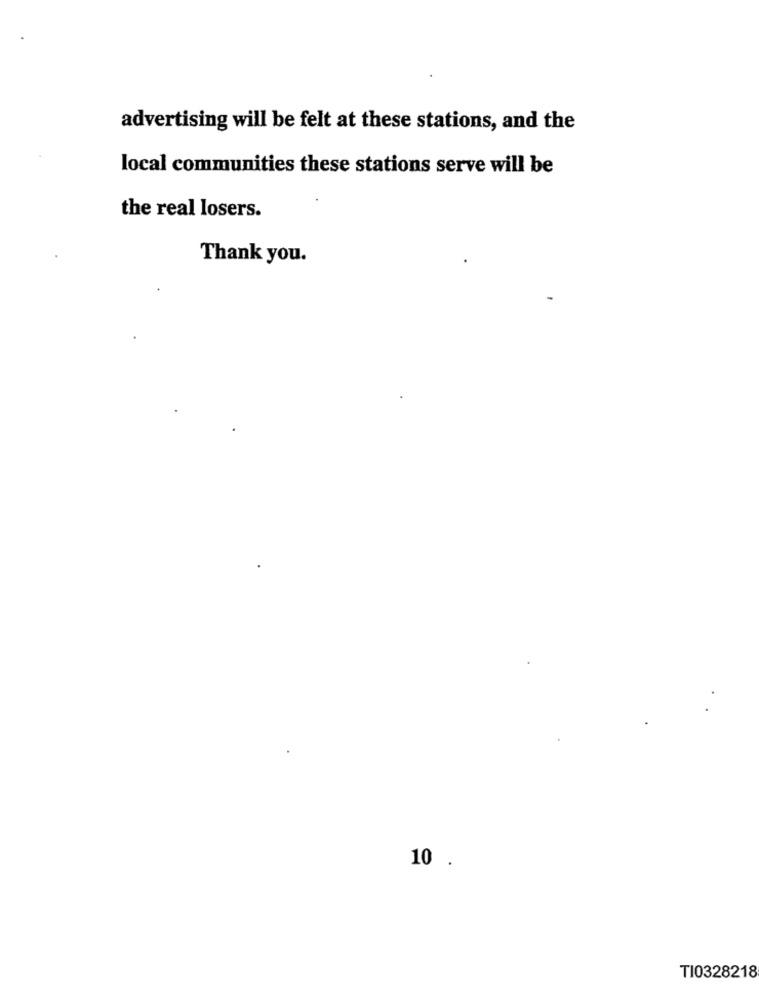
advertising will be felt at these stations, and the
local communities these stations serve will be
the real losers.
Thank you.
10 .
T10328218